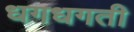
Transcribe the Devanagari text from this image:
धगधगती